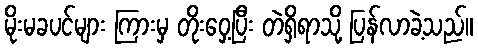
မိုးမခပင်များ ကြားမှ တိုးဝှေ့ပြီး တဲရှိရာသို့ ပြန်လာခဲ့သည်။